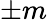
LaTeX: \pm\textit{m}